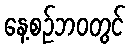
နေ့စဉ်ဘဝတွင်